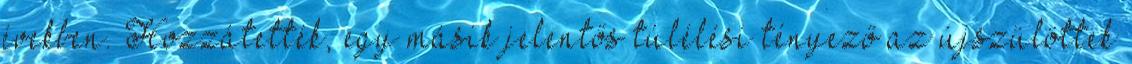
években. Hozzátették, egy másik jelentős túlélési tényező az újszülöttek